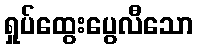
ရှုပ်ထွေးပွေလီသော